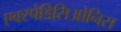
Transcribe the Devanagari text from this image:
एक्स्पेडिसिओनिस